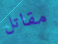
مقاتل